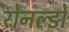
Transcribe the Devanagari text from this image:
रोनल्डो